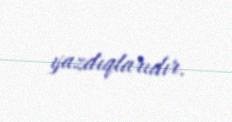
yazdıqlarıdır.